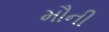
મૌની